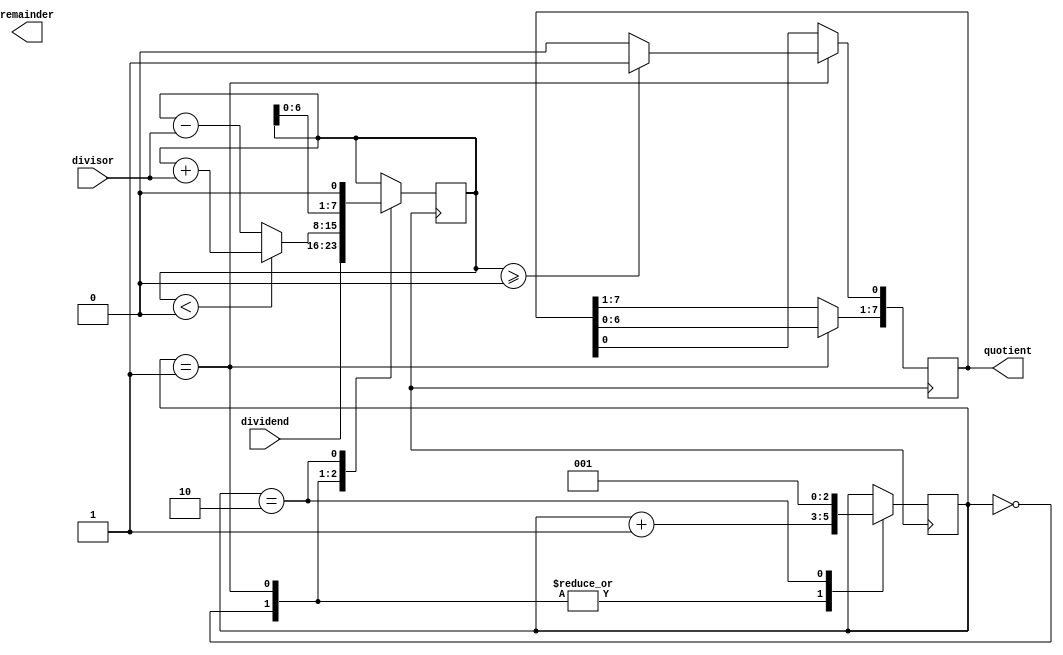
module Shift_and_Subtract_Divider (
    input [7:0] dividend,
    input [7:0] divisor,
    output reg [7:0] quotient,
    output reg [7:0] remainder
);

reg [7:0] partial_remainder;
reg [2:0] stage;

always @(posedge clk) begin
    case (stage)
        0: begin
            partial_remainder <= dividend;
            stage <= stage + 1;
        end
        1: begin
            partial_remainder <= partial_remainder - divisor;
            quotient <= quotient << 1;
            if (partial_remainder >= 0)
                quotient[0] <= 1;
            if (partial_remainder < 0)
                partial_remainder <= partial_remainder + divisor;
            stage <= stage + 1;
        end
        2: begin
            partial_remainder <= partial_remainder << 1;
            stage <= 1;
        end
    endcase
end

endmodule